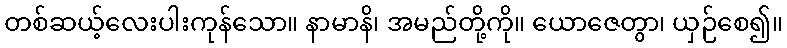
တစ်ဆယ့်လေးပါးကုန်သော။ နာမာနိ၊ အမည်တို့ကို။ ယောဇေတွာ၊ ယှဉ်စေ၍။